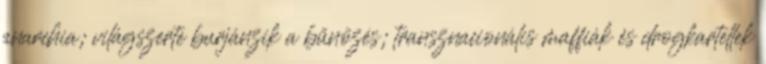
anarchia; világszerte burjánzik a bűnözés; transznacionális maffiák és drogkartellek